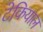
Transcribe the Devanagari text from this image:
टेकियाल